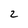
Character: 2